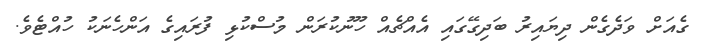
ގެއަށް ވަދެގެން ދިޔައިރު ބަދިގޭގައި އެއްޗެއް ހޫނުކުރަން މުސްކުޅި ފުރައިގެ އަންހެނަކު ހުއްޓެވެ.